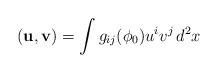
LaTeX: \begin{align*}({\bf u},{\bf v})=\int g_{ij}(\phi_0)u^iv^j\,d^2x\end{align*}